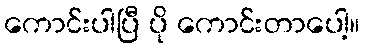
ကောင်းပါပြီ ပို ကောင်းတာပေါ့။